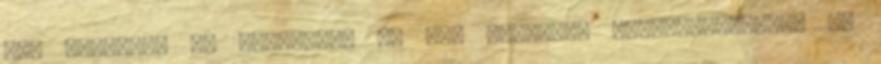
még ingyenes és támogatja az AIR csomagok összeállítását, de